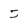
Character: 5